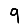
Digit: 9